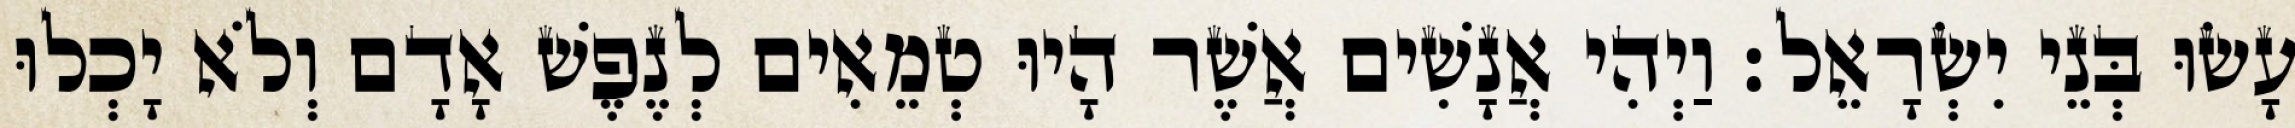
עָשׂוּ בְּנֵי יִשְׂרָאֵל׃ וַיְהִי אֲנָשִׁים אֲשֶׁר הָיוּ טְמֵאִים לְנֶפֶשׁ אָדָם וְלֹא יָכְלוּ